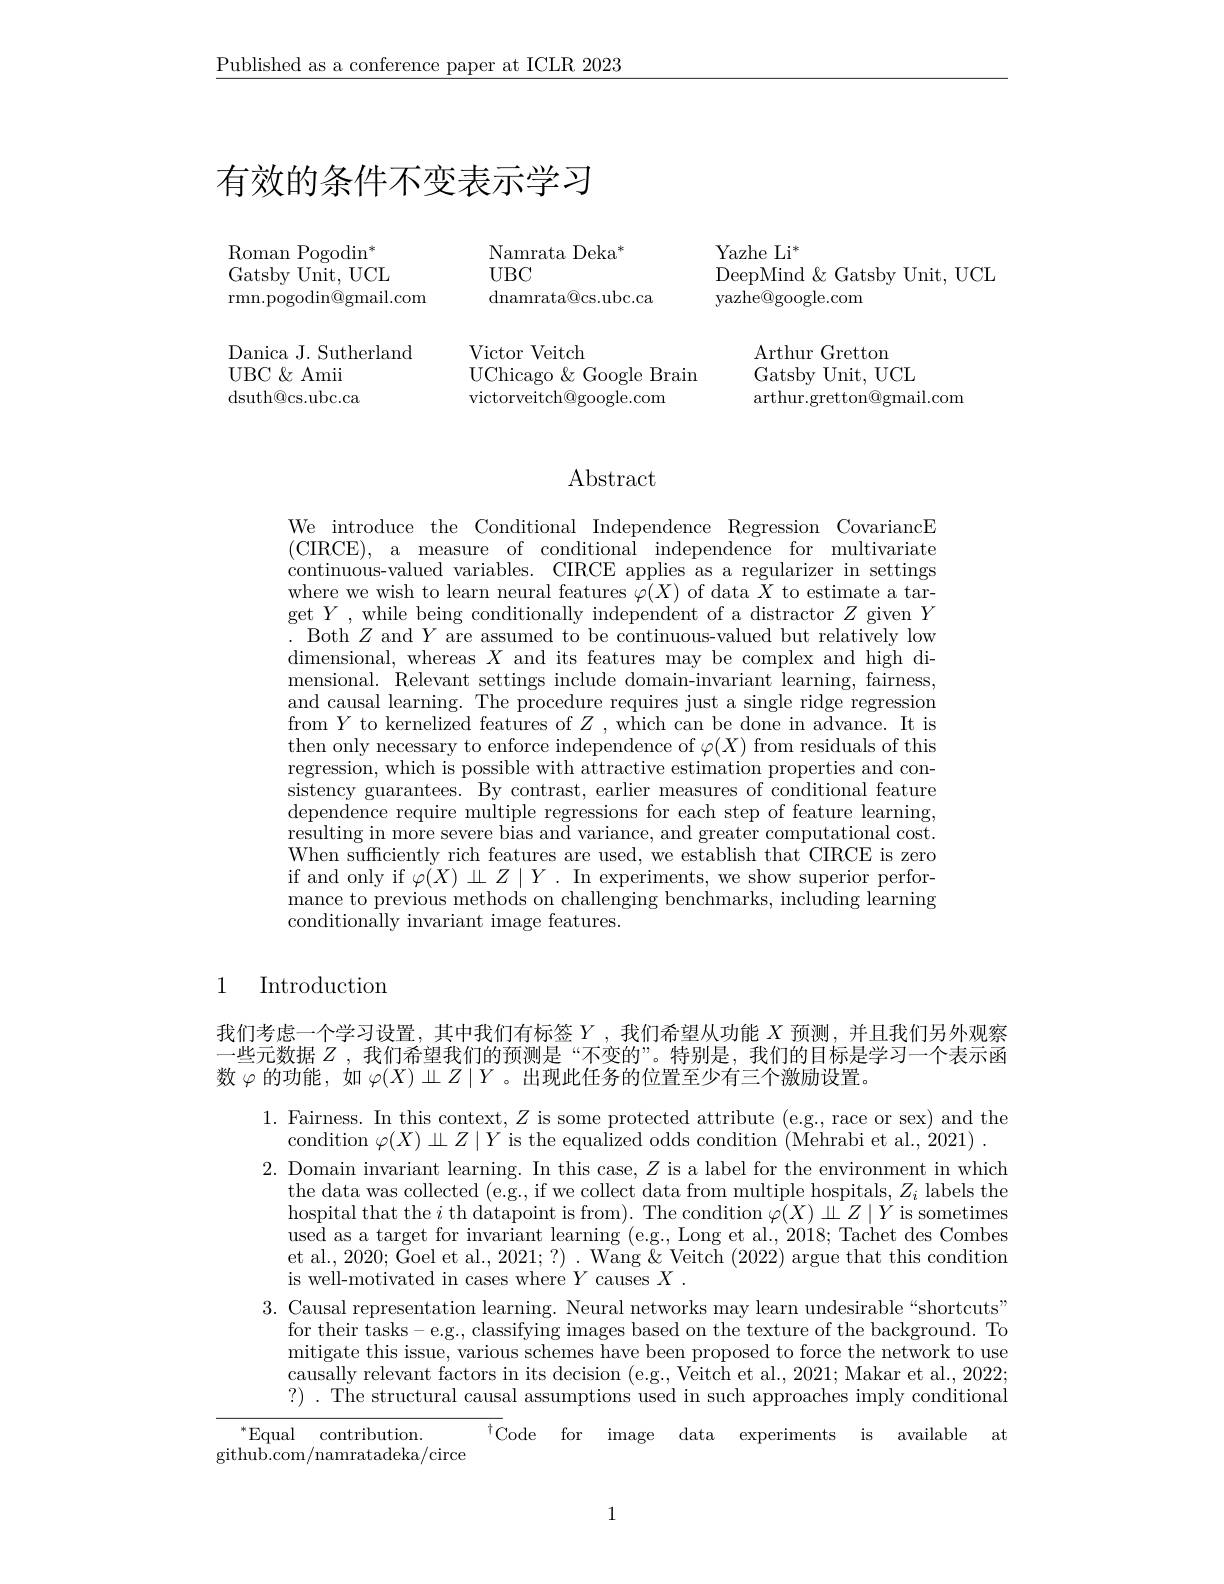
$\underline{\text{Published as a conference paper at ICLR 2023}}$

# 有效的条件不变表示学习

Namrata Deka$^*$
$UBC$
dnamrata@cs.ubc.ca

Roman Pogodin$^*$ Gatsby Unit, UCL rmn.pogodin@gmail.com

Danica J. Sutherland
${\mathrm{UBC~\&~Amii}}$ dsuth@ cs. ubc. ca

Victor Veitch
UChicago &Google Brain
victorveitch@google.com

Yazhe Li$^*$
DeepMind & Gatsby Unit, UCL
yazhe@google.com

Arthur Gretton
Gatsby Unit, UCL
arthur.gretton@gmail.com

Abstract

We introduce the Conditional Independence Regression CovariancE (CIRCE), a measure of conditional independence for multivariate continuous-valued variables. CIRCE applies as a regularizer in settings where we wish to learn neural features $\varphi(X)$ of data $\bar{X}$ to estimate a target $Y$,while being conditionally independent of a distractor $Z$ given $Y$ Both $Z$ and $Y$ are assumed to be continuous-valued but relatively low dimensional, whereas $X$ and its features may be complex and high dimensional. Relevant settings include domain-invariant learning, fairness, and causal learning. The procedure requires just a single ridge regression from $Y$ to kernelized features of $Z$, which can be done in advance. It is then only necessary to enforce independence of $\varphi(X)$ from residuals of this regression, which is possible with attractive estimation properties and consistency guarantees. By contrast, earlier measures of conditional feature dependence require multiple regressions for each step of feature learning, resulting in more severe bias and variance, and greater computational cost. When sufficiently rich features are used, we establish that CIRCE is zero if and only if $\varphi(X)\amalg Z\mid Y.$ In experiments, we show superior performance to previous methods on challenging benchmarks, including learning conditionally invariant image features.

## 1 Introduction

我们考虑一个学习设置，其中我们有标签$Y$ ,我们希望从功能 $X$ 预测，并且我们另外观察一些元数据$Z$ ,我们希望我们的预测是“不变的”。特别是，我们的目标是学习一个表示函数$\varphi$的功能，如$\varphi(X)\amalg Z\mid Y$ 。出现此任务的位置至少有三个激励设置。

1. Fairness. In this context, $Z$ is some protected attribute (e.g., race or sex) and the
condition $\varphi(X)\amalg Z\mid Y$ is the equalized odds condition (Mehrabi et al., 2021) . 2. Domain invariant learning. In this case, $Z$ is a label for the environment in which
the data was collected (e.g., if we collect data from multiple hospitals, $Z_i$ labels the $\operatorname*{hospital}_{\mathrm{c}}$that the $i$ th datapoint is from). The condition $\tilde\varphi(X)\amalg Z\mid Y$ is sometimes used as a target for invariant learning (e.g., Long et al., 2018; Tachet des Combes et al., 2020; Goel et al., 2021;?) . Wang & Veitch (2022) argue that this condition is well-motivated in cases where $Y$ causes $X.$
3. Causal representation learning. Neural networks may learn undesirable“shortcuts”
for their tasks- e.g., classifying images based on the texture of the background. To mitigate this issue, various schemes have been proposed to force the network to use causally relevant factors in its decision (e.g., Veitch et al., 2021; Makar et al., 2022; ?) . The structural causal assumptions used in such approaches imply conditional
$^{*}$Equal contribution.
${^{\dagger}}$Code for image data experiments is available at
$\hat{\text{github.com/namratadeka/circe}}$

1